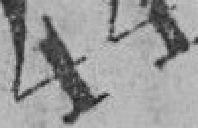
444